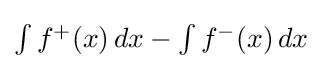
{\textstyle \int f^{+}(x)\,dx-\int f^{-}(x)\,dx}